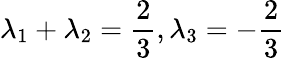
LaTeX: \lambda_{1}+\lambda_{2}=\frac{2}{3},\lambda_{3}=-\frac{2}{3}